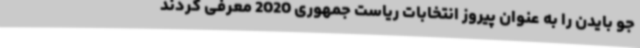
جو بایدن را به عنوان پیروز انتخابات ریاست جمهوری 2020 معرفی کردند